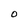
Character: 0